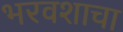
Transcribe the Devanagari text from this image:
भरवशाचा